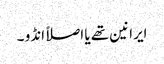
ایرانین تھے یا اصلاً انڈو ۔